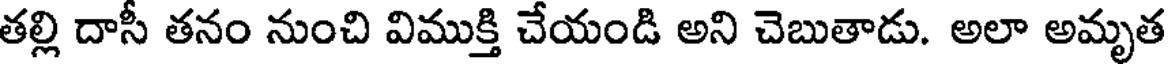
తల్లి దాసీ తనం నుంచి విముక్తి చేయండి అని చెబుతాడు. అలా అమృత